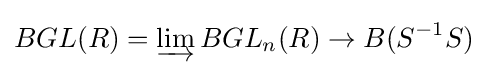
BGL(R)=\varinjlim BGL_{n}(R)\to B(S^{-1}S)